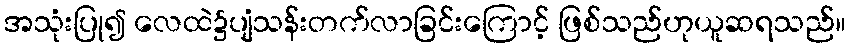
အသုံးပြု၍ လေထဲ၌ပျံသန်းတက်လာခြင်းကြောင့် ဖြစ်သည်ဟုယူဆရသည်။